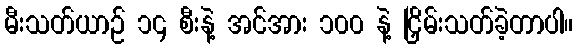
မီးသတ်ယာဉ် ၁၄ စီးနဲ့ အင်အား ၁၀၀ နဲ့ ငြှိမ်းသတ်ခဲ့တာပါ။